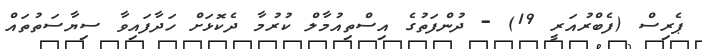
ޕެރިސް (ފެބްރުއަރީ 19) - ދުންފަތުގެ އިސްތިއުމާލް ކުރުމާ ދެކޮޅަށް ހަދާފައިވާ ސިޔާސަތުތައް